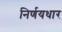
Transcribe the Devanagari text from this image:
निर्णयधार